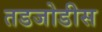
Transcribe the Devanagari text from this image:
तडजोडीस